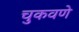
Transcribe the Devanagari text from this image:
चुकवणे